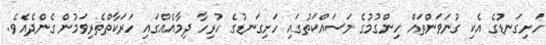
ހަށިގަނޑުގެ އެކި ގުނަވަންތައް ހިންގުމުގެ މަސައްކަތުގައި ހަށިގަނޑުގެ ހުރިހާ ދިމާއެއްގައި ހަރަކާތްތެރިވަމުން ގެންދެއެވެ.